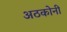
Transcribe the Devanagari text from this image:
अठकोनी